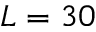
L = 3 0